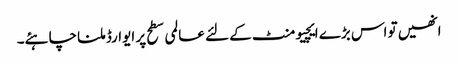
انھیں تو اس بڑے ایچیومنٹ کے لئے عالمی سطح پر ایوارڈ ملنا چاہئے۔